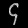
Digit: ၄